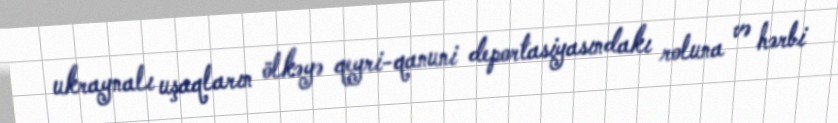
ukraynalı uşaqların ölkəyə qeyri-qanuni deportasiyasındakı roluna və hərbi